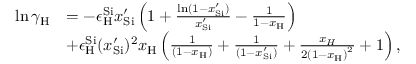
\begin{array} { r l } { \ln { \gamma _ { \mathrm { { H } } } } } & { = - \epsilon _ { \mathrm { H } } ^ { \mathrm { { S i } } } { x _ { { \mathrm { S i } } } ^ { \prime } } \left( { 1 + \frac { { \ln ( 1 - { x _ { \mathrm { { S i } } } ^ { \prime } } ) } } { { { x _ { { \mathrm { S i } } } ^ { \prime } } } } - \frac { 1 } { { 1 - { x _ { \mathrm { { H } } } } } } } \right) } \\ & { + \epsilon _ { \mathrm { H } } ^ { \mathrm { { S i } } } ( x _ { { \mathrm { S i } } } ^ { \prime } ) ^ { 2 } { x _ { \mathrm { { H } } } } \left( { \frac { 1 } { { ( 1 - { x _ { \mathrm { H } } } ) } } + \frac { 1 } { { ( 1 - { x _ { \mathrm { { S i } } } ^ { \prime } } ) } } + \frac { { { x _ { H } } } } { { 2 { { ( 1 - { x _ { \mathrm { H } } } ) } ^ { 2 } } } } + 1 } \right) , } \end{array}